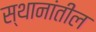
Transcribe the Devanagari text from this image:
स्थानांतील